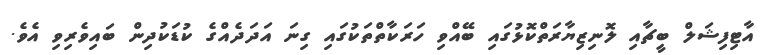
އާޓިފިޝަލް ބީޗާއި ލޮނިޒިޔާރަތްކޮޅުގައި ބޭއްވި ހަރަކާތްތަކުގައި ގިނަ އަދަދެއްގެ ކުޑަކުދިން ބައިވެރިވި އެވެ.